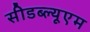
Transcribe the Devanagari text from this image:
सीडब्ल्यूएम